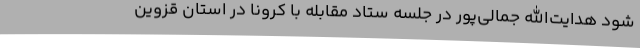
شود هدایت‌الله جمالی‌پور در جلسه ستاد مقابله با کرونا در استان قزوین